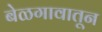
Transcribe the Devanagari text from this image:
बेळगावातून